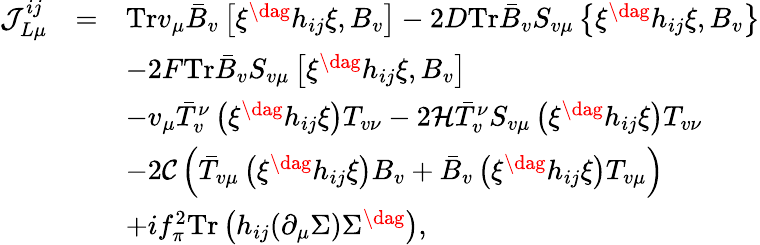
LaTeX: \begin{array}{lcl}{{{\cal J}_{L\mu}^{ij}}}&{{=}}&{{\mathrm{Tr}v_{\mu}\bar{B}_{v}\left[\xi^{\dag}h_{ij}\xi,B_{v}\right]-2D\mathrm{Tr}\bar{B}_{v}S_{v\mu}\left\{ \xi^{\dag}h_{ij}\xi,B_{v}\right\} }}\\ {{}}&{{}}&{{-2F\mathrm{Tr}\bar{B}_{v}S_{v\mu}\left[\xi^{\dag}h_{ij}\xi,B_{v}\right]}}\\ {{}}&{{}}&{{-v_{\mu}\bar{T}_{v}^{\nu}\left(\xi^{\dag}h_{ij}\xi\right)T_{v\nu}-2{\cal H}\bar{T}_{v}^{\nu}S_{v\mu}\left(\xi^{\dag}h_{ij}\xi\right)T_{v\nu}}}\\ {{}}&{{}}&{{-2{\cal C}\left(\bar{T}_{v\mu}\left(\xi^{\dag}h_{ij}\xi\right)B_{v}+\bar{B}_{v}\left(\xi^{\dag}h_{ij}\xi\right)T_{v\mu}\right)}}\\ {{}}&{{}}&{{+if_{\pi}^{2}\mathrm{Tr}\left(h_{ij}(\partial_{\mu}\Sigma)\Sigma^{\dag}\right),}}\end{array}